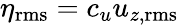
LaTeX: \eta_{\mathrm{rms}}=c_{u}u_{z,\mathrm{rms}}